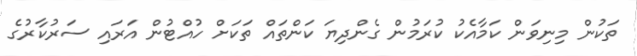
ތަކުން މިނިވަން ކަމާއެކު ކުރަމުން ގެންދިޔަ ކަންތައް ތަކަށް ހުއްޓުން އަރައި ސަރުކާރުގެ